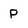
Character: P